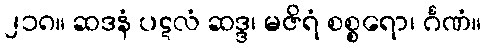
၂၁၈။ ဆဒနံ ပဋလံ ဆဒ္ဒ၊ မဇိရံ စစ္စရော၊ င်္ဂဏံ။